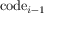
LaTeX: \mathrm { c o d e } _ { i - 1 }